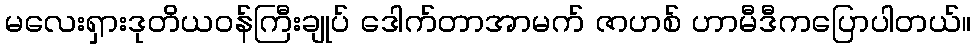
မလေးရှားဒုတိယဝန်ကြီးချုပ် ဒေါက်တာအာမက် ဇာဟစ် ဟာမီဒီကပြောပါတယ်။